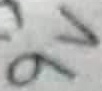
Text: 9V